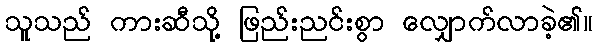
သူသည် ကားဆီသို့ ဖြည်းညင်းစွာ လျှောက်လာခဲ့၏။